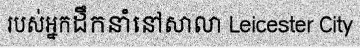
របស់អ្នកដឹកនាំនៅសាលា Leicester City